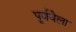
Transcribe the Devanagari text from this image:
पूर्ववेला